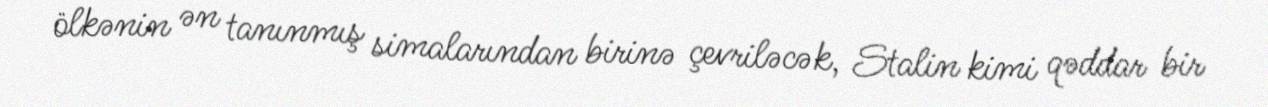
ölkənin ən tanınmış simalarından birinə çevriləcək, Stalin kimi qəddar bir